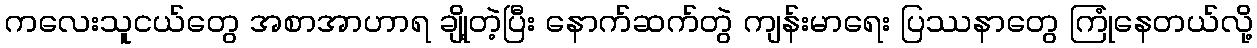
ကလေးသူငယ်တွေ အစာအာဟာရ ချို့တဲ့ပြီး နောက်ဆက်တွဲ ကျန်းမာရေး ပြဿနာတွေ ကြုံနေတယ်လို့